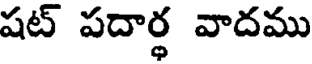
షట్ పదార్థ వాదము